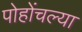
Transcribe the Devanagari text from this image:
पोहोंचल्या